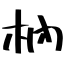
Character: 枘